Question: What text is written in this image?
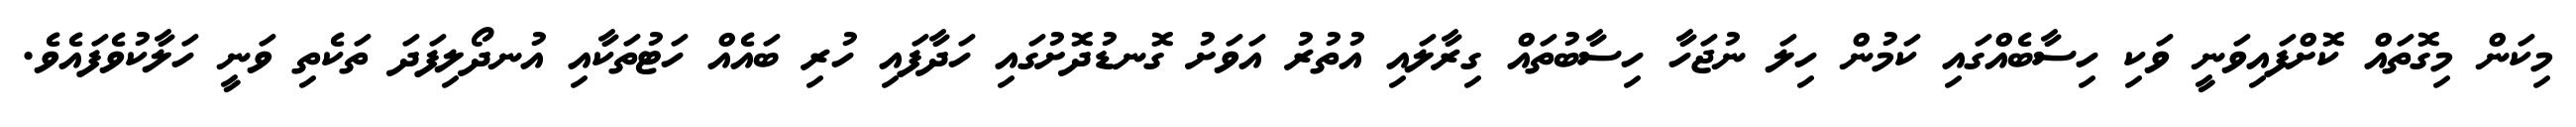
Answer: މިކަން މިގޮތައް ކޮށްފައިވަނީ ވަކި ހިސާބެއްގައި ކަމުން ހިލަ ނުޖަހާ ހިސާބުތައް ގިރާލައި އުތުރު އަވަށު ގޮނޑުދޮށުގައި ހަދާފައި ހުރި ބައެއް ހަޓުތަކާއި އުނދޯލިފަދަ ތަކެތި ވަނީ ހަލާކުވެފައެވެ.